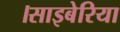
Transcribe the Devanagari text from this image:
।साइबेरिया